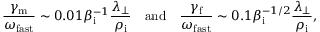
\frac { \gamma _ { \mathrm { m } } } { \omega _ { \mathrm { f a s t } } } \sim 0 . 0 1 \beta _ { \mathrm { i } } ^ { - 1 } \frac { \lambda _ { \perp } } { \rho _ { \mathrm { i } } } \quad \mathrm { a n d } \quad \frac { \gamma _ { \mathrm { f } } } { \omega _ { \mathrm { f a s t } } } \sim 0 . 1 \beta _ { \mathrm { i } } ^ { - 1 / 2 } \frac { \lambda _ { \perp } } { \rho _ { \mathrm { i } } } ,